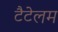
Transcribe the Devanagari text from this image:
टैटेलम